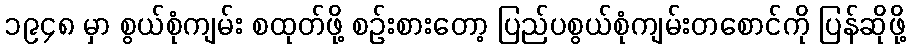
၁၉၄၈ မှာ စွယ်စုံကျမ်း စထုတ်ဖို့ စဉ်းစားတော့ ပြည်ပစွယ်စုံကျမ်းတစောင်ကို ပြန်ဆိုဖို့